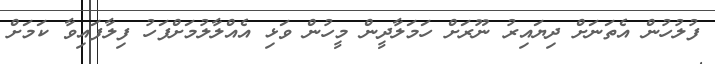
ފުލުހުން އެތަނަށް ދިޔައިރު ނޫރަށް ހަމަލާދީން މީހުން ވަޅި އެއްލާލުމަށްފަހު ފިލާފައިވާ ކަމަށް